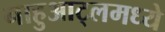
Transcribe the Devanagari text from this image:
नाहुआट्लमध्ये